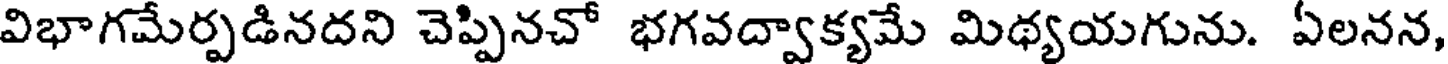
విభాగమేర్పడినదని చెప్పినచో భగవద్వాక్యమే మిథ్యయగును. ఏలనన,